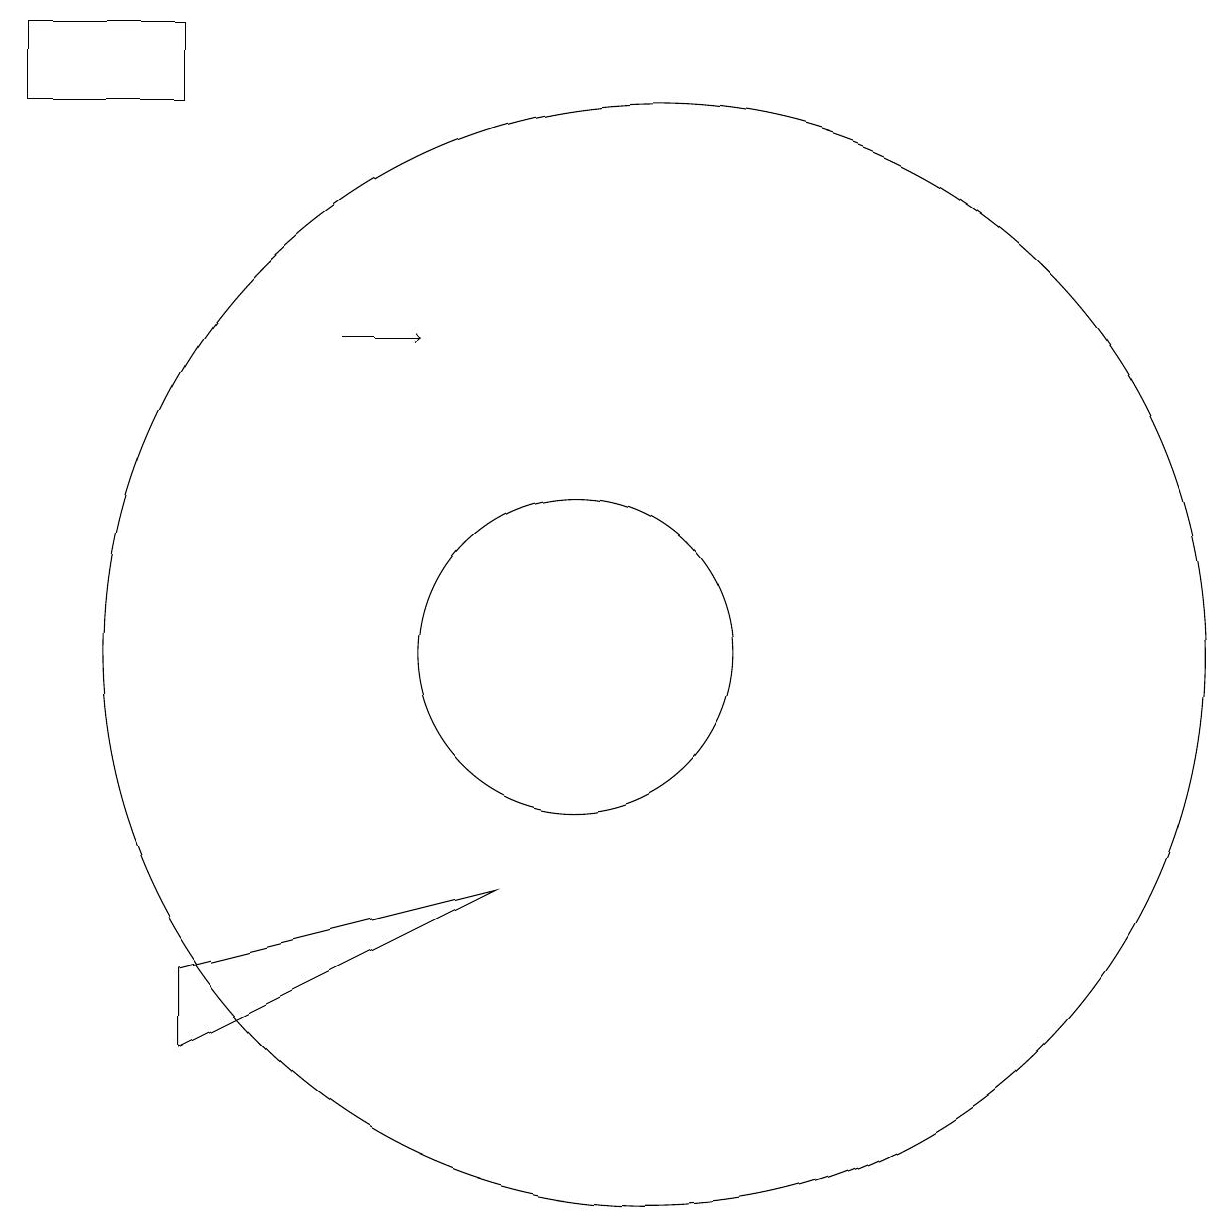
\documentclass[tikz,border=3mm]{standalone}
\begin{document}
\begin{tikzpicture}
\draw (11,10) circle (7);
\draw (5,6) -- (9,7) -- (5,5) -- cycle;
\draw (5,17) rectangle (3,18);
\draw[->] (7,14) -- (8,14);
\draw (10,10) circle (2);
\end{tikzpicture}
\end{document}